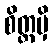
စိတ္တမှိ